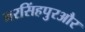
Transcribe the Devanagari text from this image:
नरसिंहपुरऔर